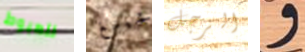
للهبوط تشينغ الرجل و